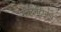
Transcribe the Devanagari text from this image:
संवेदनहीनच